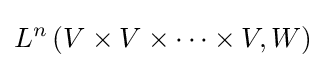
L^{n}\left(V\times V\times \cdots \times V,W\right)